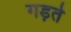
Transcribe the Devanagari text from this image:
गड़ते